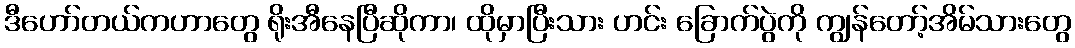
ဒီဟော်တယ်ကဟာတွေ ရိုးအီနေပြီဆိုကာ၊ ထိုမှာပြီးသား ဟင်း ခြောက်ပွဲကို ကျွန်တော့်အိမ်သားတွေ